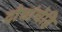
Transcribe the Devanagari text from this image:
दोघांचेहि